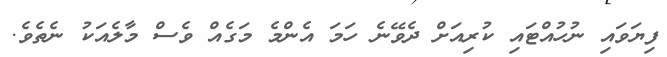
ފިޔަވައި ނުހުއްޓައި ކުރިއަށް ދެވޭނެ ހަމަ އެންމެ މަގެއް ވެސް މާލެއަކު ނެތެވެ.